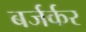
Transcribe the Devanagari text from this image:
बर्जर्कर